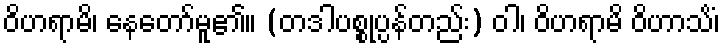
ဝိဟရာမိ၊ နေတော်မူ၏။ (တဒါပစ္စုပ္ပန်တည်း) ဝါ၊ ဝိဟရာမိ ဝိဟာသိံ၊